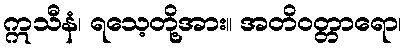
ဣသီနံ၊ ရသေ့တို့အား။ အတိဝတ္တာရော၊